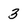
Character: 3